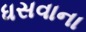
ધસવાના